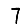
Digit: 7